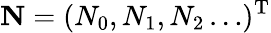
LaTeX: \mathbf{N}=(N_{0},N_{1},N_{2}\dots)^{\mathrm{T}}